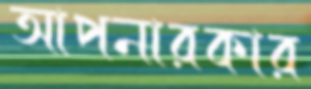
আপনারকার